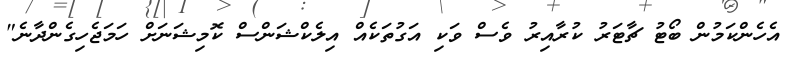
އެހެންކަމުން ބޯޓު ޗާޓަރު ކުރާއިރު ވެސް ވަކި އަގުތަކެއް އިލެކްޝަންސް ކޮމިޝަނަށް ހަމަޖެހިގެންދާނެ"